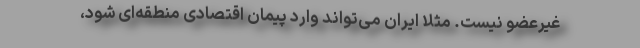
غیرعضو نیست. مثلاً ایران می‌تواند وارد پیمان اقتصادی منطقه‌ای شود،